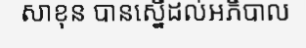
សាខុន បានស្នើដល់អភិបាល